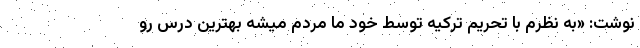
نوشت: «به نظرم با تحریم ترکیه توسط خود ما مردم میشه بهترین درس رو